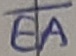
Text: EA